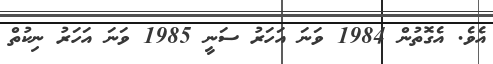
އެވެ. އެގޮތުން 1984 ވަނަ އަހަރު ސަނީ 1985 ވަނަ އަހަރު ނިކުތް